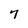
Character: 7